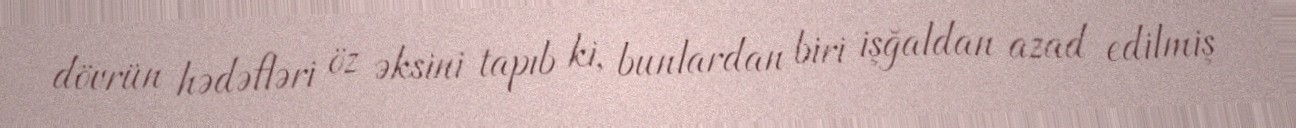
dövrün hədəfləri öz əksini tapıb ki, bunlardan biri işğaldan azad edilmiş